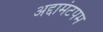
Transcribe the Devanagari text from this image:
अद्दामंटपम